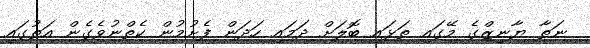
ނަތާ ޔާނިޒްގެ މޭގައި ތަޅައި ބޮލަށް ދަމައި ހަދަން ފެށުމުން ކެތްނުވެގެން އަތުގައި